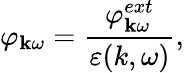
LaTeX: \varphi_{{\mathbf k}\omega}=\frac{\varphi_{{\mathbf k}\omega}^{ext}}{\varepsilon(k,\omega)},